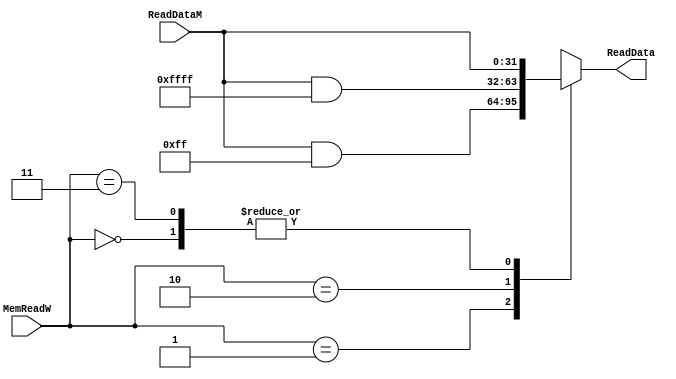
`timescale 1ns / 1ps
//////////////////////////////////////////////////////////////////////////////////
// Company: 
// Engineer: 
// 
// Design Name: 
// Module Name:    mask_MemReadM 
// Project Name: 
// Target Devices: 
// Tool versions: 
// Description: 
//
// Dependencies: 
//
// Revision: 
// Revision 0.01 - File Created
// Additional Comments: 
//
//////////////////////////////////////////////////////////////////////////////////
module mask_MemReadM(
	input wire [31:0]ReadDataM,
	input wire [1:0]MemReadW, //Read ALL 0, Read Byte 1, Read half 2
	output reg [31:0]ReadData
);


always @(*)
begin
      case(MemReadW)
			2'b00:	
			begin
				ReadData <= ReadDataM;
			end
			2'b01:	
			begin
				ReadData <= ReadDataM & 32'hFF;	
			end
			2'b10:	
			begin
				ReadData <= ReadDataM & 32'hFFFF;
			end
			2'b11:	
			begin
				ReadData <= ReadDataM;
			end
		endcase
end
endmodule